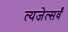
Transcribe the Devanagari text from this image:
त्यजेत्सर्वं